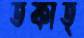
তফাত্